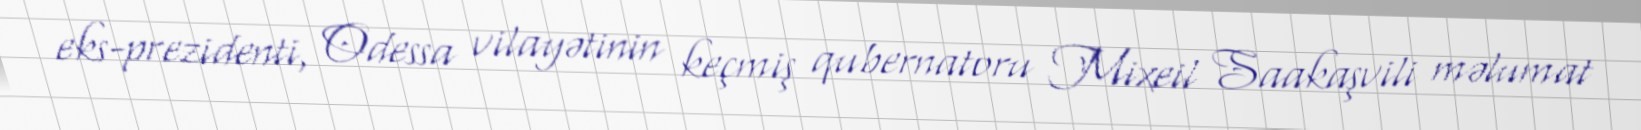
eks-prezidenti, Odessa vilayətinin keçmiş qubernatoru Mixeil Saakaşvili məlumat